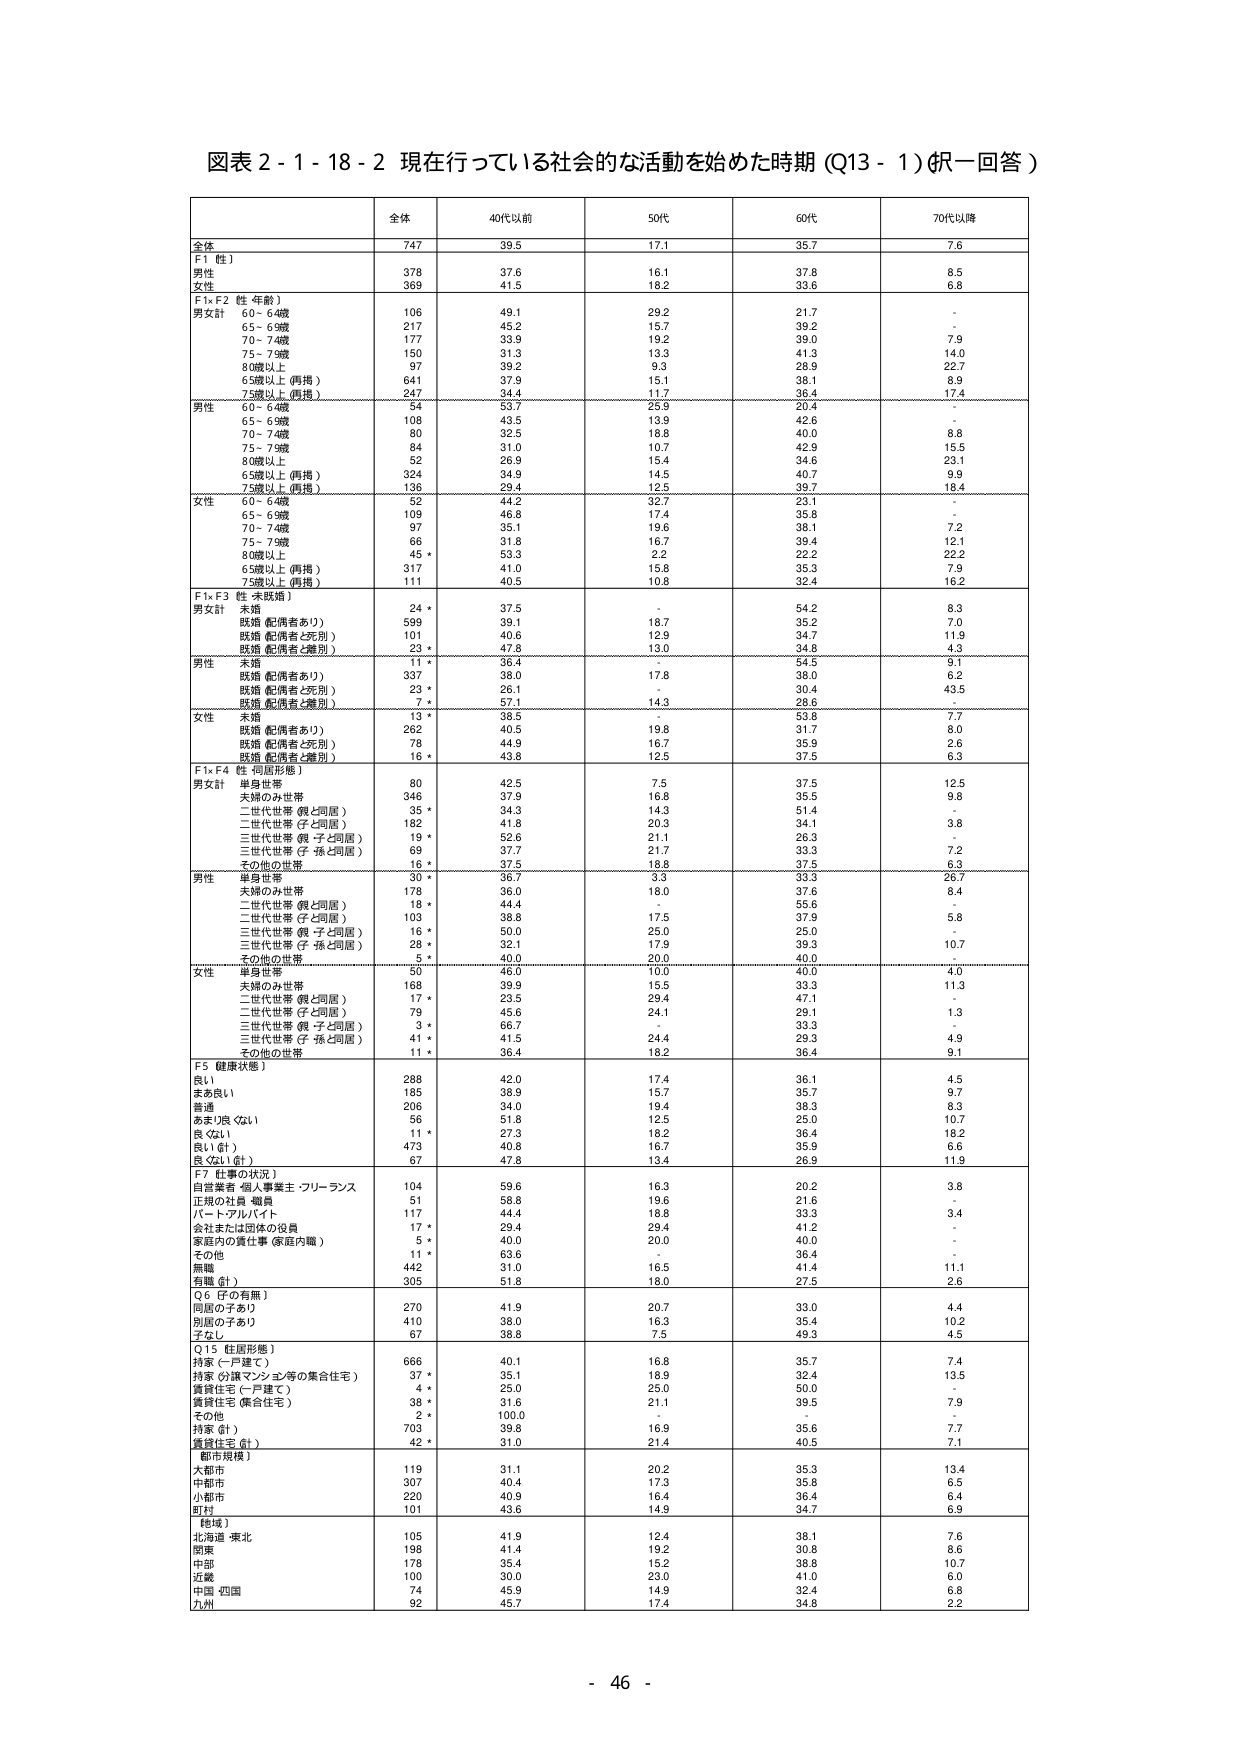
図表２-１-１８-２ 現在行っている社会的な活動を始めた時期（Q13-1）（択一回答）

全体 40代以前 50代 60代 70代以降

全体 747 39.5 17.1 35.7 7.6

F1（性）
男性 378 37.6 16.1 37.8 8.5
女性 369 41.5 18.2 33.6 6.8

F1×F2（性・年齢）
男女計 60-64歳 106 49.1 29.2 21.7 -
65-69歳 217 45.2 15.7 39.2 -
70-74歳 177 33.9 19.2 39.0 7.9
75-79歳 150 31.3 13.3 41.3 14.0
80歳以上 97 39.2 9.3 28.9 22.7
65歳以上（再掲） 641 37.9 15.1 38.1 8.9
75歳以上（再掲） 247 34.4 11.7 36.4 17.4

男性 60-64歳 54 53.7 25.9 20.4 -
65-69歳 108 43.5 13.9 42.6 -
70-74歳 80 32.5 18.8 40.0 8.8
75-79歳 84 31.0 10.7 42.9 15.5
80歳以上 52 26.9 15.4 34.6 23.1
65歳以上（再掲） 324 34.9 14.5 40.7 9.9
75歳以上（再掲） 136 29.4 12.5 39.7 18.4

女性 60-64歳 52 44.2 32.7 23.1 -
65-69歳 109 46.8 17.4 35.8 -
70-74歳 97 35.1 19.6 38.1 7.2
75-79歳 66 31.8 16.7 39.4 12.1
80歳以上 45* 53.3 2.2 22.2 22.2
65歳以上（再掲） 317 41.0 15.8 35.3 7.9
75歳以上（再掲） 111 40.5 10.8 32.4 16.2

F1×F3（性・未既婚）
男女計 未婚 24* 37.5 - 54.2 8.3
既婚（配偶者あり） 599 39.1 18.7 35.2 7.0
既婚（配偶者と死別） 101 40.6 12.9 34.7 11.9
既婚（配偶者と離別） 23* 47.8 13.0 34.8 4.3

男性 未婚 11* 36.4 - 54.5 9.1
既婚（配偶者あり） 337 38.0 17.8 38.0 6.2
既婚（配偶者と死別） 23* 26.1 - 30.4 43.5
既婚（配偶者と離別） 7* 57.1 14.3 28.6 -

女性 未婚 13* 38.5 - 53.8 7.7
既婚（配偶者あり） 262 40.5 19.8 31.7 8.0
既婚（配偶者と死別） 78 44.9 16.7 35.9 2.6
既婚（配偶者と離別） 16* 43.8 12.5 37.5 6.3

F1×F4（性・同居形態）
男女計 単身世帯 80 42.5 7.5 37.5 12.5
夫婦のみ世帯 346 37.9 16.8 35.5 9.8
二世代世帯（親と同居） 35* 34.3 14.3 51.4 -
二世代世帯（子と同居） 182 41.8 20.3 34.1 3.8
三世代世帯（親・子と同居） 19* 52.6 21.1 26.3 -
三世代世帯（子・孫と同居） 69 37.7 21.7 33.3 7.2
その他の世帯 16* 37.5 18.8 37.5 6.3

男性 単身世帯 30* 36.7 3.3 33.3 26.7
夫婦のみ世帯 178 36.0 18.0 37.6 8.4
二世代世帯（親と同居） 18* 44.4 - 55.6 -
二世代世帯（子と同居） 103 38.8 17.5 37.9 5.8
三世代世帯（親・子と同居） 16* 50.0 25.0 25.0 -
三世代世帯（子・孫と同居） 28* 32.1 17.9 39.3 10.7
その他の世帯 5* 40.0 20.0 40.0 -

女性 単身世帯 50 48.0 10.0 40.0 4.0
夫婦のみ世帯 168 39.9 15.5 33.3 11.3
二世代世帯（親と同居） 17* 23.5 29.4 47.1 -
二世代世帯（子と同居） 79 45.6 24.1 29.1 1.3
三世代世帯（親・子と同居） 3* 66.7 - 33.3 -
三世代世帯（子・孫と同居） 41* 41.5 24.4 29.3 4.9
その他の世帯 11* 36.4 18.2 36.4 9.1

F5（健康状態）
良い 288 42.0 17.4 36.1 4.5
まあ良い 185 38.9 15.7 35.7 9.7
普通 206 34.0 19.4 38.3 8.3
あまり良くない 56 51.8 12.5 25.0 10.7
良くない 11* 27.3 18.2 36.4 18.2
良い（計） 473 40.8 16.7 35.9 6.6
良くない（計） 67 47.8 13.4 26.9 11.9

F7（仕事の状況）
自営業者・個人事業主・フリーランス 104 59.6 16.3 20.2 3.8
正規の社員・職員 51 58.8 19.6 21.6 -
パート・アルバイト 117 44.4 18.8 33.3 3.4
会社または団体の役員 17* 29.4 29.4 41.2 -
家庭内の責任事（家庭内職） 5* 40.0 20.0 40.0 -
その他 11* 63.6 - 36.4 -
無職 442 31.0 16.5 41.4 11.1
有職（計） 305 51.8 18.0 27.5 2.6

Q6（子の有無）
同居の子あり 270 41.9 20.7 33.0 4.4
別居の子あり 410 38.0 16.3 35.4 10.2
子なし 67 38.8 7.5 49.3 4.5

Q15（住居形態）
持家（一戸建て） 666 40.1 16.8 35.7 7.4
持家（分譲マンション等の集合住宅） 37* 35.1 18.9 32.4 13.5
賃貸住宅（一戸建て） 4* 25.0 25.0 50.0 -
賃貸住宅（集合住宅） 38* 31.6 21.1 39.5 7.9
その他 2* 100.0 - - -
持家（計） 703 39.8 16.9 35.6 7.7
賃貸住宅（計） 42* 31.0 21.4 40.5 7.1

（都市規模）
大都市 119 31.1 20.2 35.3 13.4
中都市 307 40.4 17.3 35.8 6.5
小都市 220 40.9 16.4 36.4 6.4
町村 101 43.6 14.9 34.7 6.9

（地域）
北海道・東北 105 41.9 12.4 38.1 7.6
関東 198 41.4 19.2 30.8 8.6
中部 178 35.4 15.2 38.8 10.7
近畿 100 30.0 23.0 41.0 6.0
中国・四国 74 45.9 14.9 32.4 6.8
九州 92 45.7 17.4 34.8 2.2

- 46 -